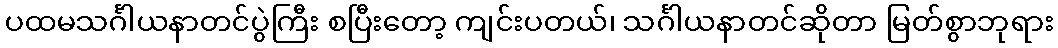
ပထမသင်္ဂါယနာတင်ပွဲကြီး စပြီးတော့ ကျင်းပတယ်၊ သင်္ဂါယနာတင်ဆိုတာ မြတ်စွာဘုရား